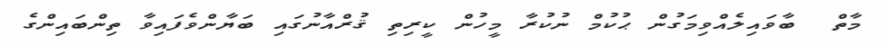
މާތް  ބާވައިލެއްވިމަގުން ޙުކުމް ނުކުރާ މީހުން ކީރިތި ޤުރްއާނުގައި ބަޔާންވެފައިވާ ތިންބައިންގެ